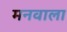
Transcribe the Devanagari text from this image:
मनवाला